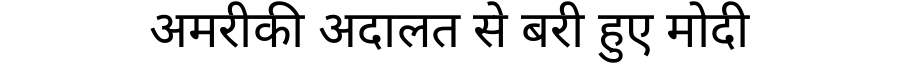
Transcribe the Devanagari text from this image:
अमरीकी अदालत से बरी हुए मोदी